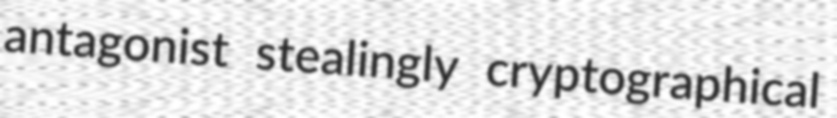
antagonist stealingly cryptographical